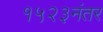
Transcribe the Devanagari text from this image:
१५२३नंतर